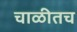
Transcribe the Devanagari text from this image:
चाळीतच